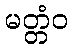
မတ္တံဝ